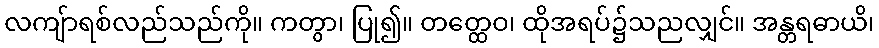
လကျ်ာရစ်လည်သည်ကို။ ကတွာ၊ ပြု၍။ တတ္ထေဝ၊ ထိုအရပ်၌သညလျှင်။ အန္တရဓာယိ၊